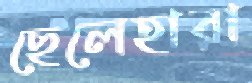
ছেলেহারা